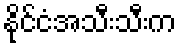
နိုင်ငံအသီးသီးက